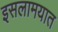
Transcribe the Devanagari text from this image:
इसलामयात